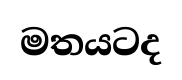
මතයටද